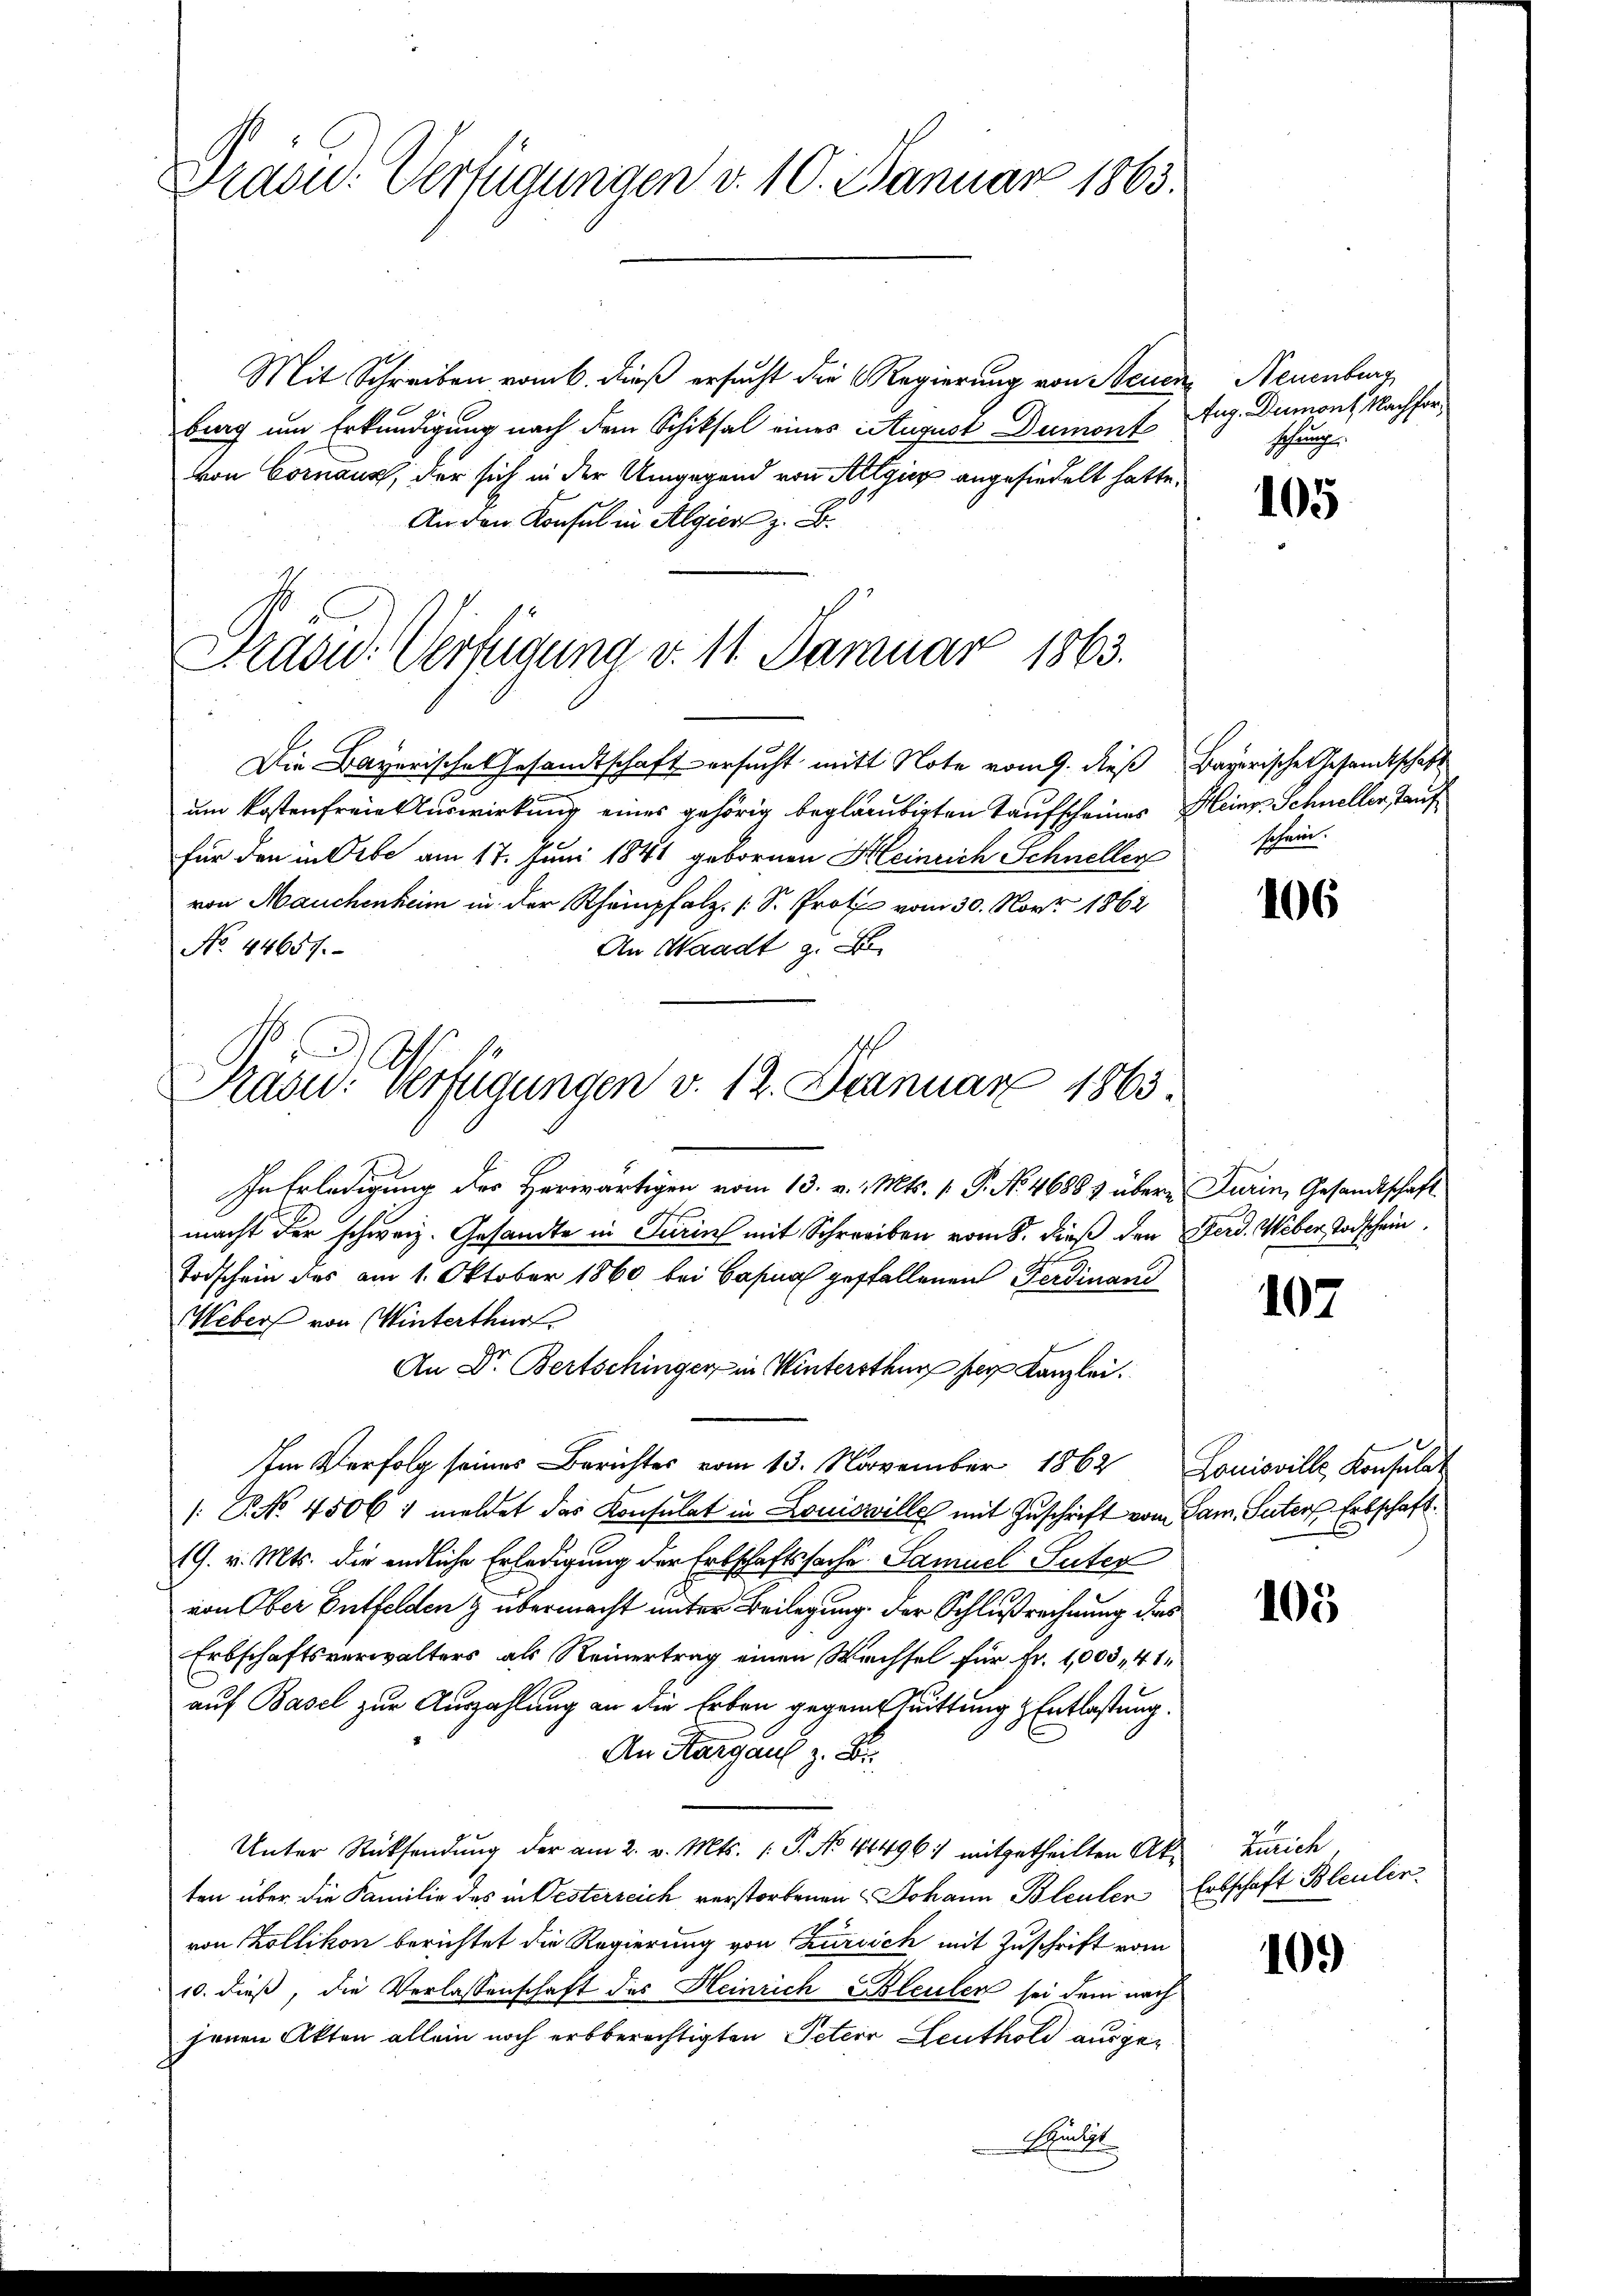
Prau. Verfügungen v. 10. Januar 1863.

Mit Schreiben vom 6. dieß ersucht die Regierung von Neuenburg um Erkundigung nach dem Schiksal eines August Dumont
von Cornaus, der sich in der Umgegend von Algien angesiedelt hatte,
An den Konsul in Algier z. B.

Prdou: Verfügung v. 11. Januar 1863.

Die Bayerische Gesandtschaft ersucht mitt Note vom 9. dieß Bayerische Gesandtschaft
um Kostenfreie Auswirkung eines gehörig begläubigten Taufscheines Heinr. Schneller, Tauf
für den in Orbe am 17. Juni 1841 gebornen Heinrich Schneller schein
von Mauchenheim in der Schempfalz (S. Protes vom 30. Nov. 1862
No. 44657.
An Waadt z.

Rasid. Verfügungen v. 12. Januar 1863

In Erledigung des Herwärtigen vom 13. v. Mts. 1 P. No. 4688 & übere Turin, Gesandtschaft
macht der schweiz. Gesandte in Turin mit Schreiben vom 8. dieß den Ferd. Weber Todschein
Todschein des am 1. Oktober 1860 bei Basna gefallenen Ferdinand
Weber von Winterthur.
An Dr. Bertschinger in Wintersthur her Kanzlei.
Im Verfolg seines Berichtes vom 13. November 1862 Louisville Konsulat
/: P. No. 4506: meldet das Konsulat in Louiswille mit Zuschrift vom San. Seiters Erbschaft
19. v. Mts. die endliche Erledigung der Erbschaftssache. Samuel Suter
von Ober Entfelden & übermacht unter Beilegung der Schlußrechnung des
Erbschaftsverwalters als Reinertrag einen Wechsel für Fr. 1,003, 41
auf Basel zur Auszahlung an die Erben gegentrittung & Entlastung.
An Aargaus z. B.
Unter Rücksendung der am 2. v. Mts. (: P. No 48496. mitgetheilten Akten über die Familie des in Westerreich verstorbenen Johann Bleuler Erbschaft Bleuler
von Zollikon berichtet die Regierung von Kursich mit Zuschrift vom
10. dieß, die Verlassenschaft des Heinrich Bleulen sei dem nach
jenen Akten allein noch erbberechtigten Peter Leuthold ausge¬
Schut

Neuenburg
Aug. Dumont. Nachforschungen

105

106

107

105

Zürich

109